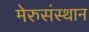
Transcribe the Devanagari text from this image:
मेरुसंस्थान